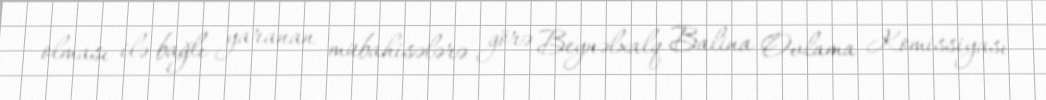
olması ilə bağlı yaranan mübahisələrə görə Beynəlxalq Balina Ovlama Komissiyası